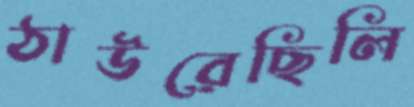
ঠাউরেছিলি